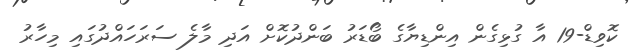
ކޮވިޑް-19 އާ ގުޅިގެން އިންޑިޔާގެ ބޯޑަރު ބަންދުކޮށް އަދި މާލެ ސަރަހައްދުގައި މިހާރު